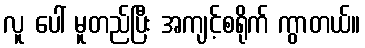
လူ ပေါ် မူတည်ပြီး အကျင့်စရိုက် ကွာတယ်။